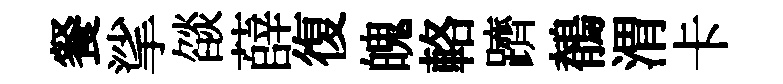
餐挲燄薛復魄輅躋鶺渭卡